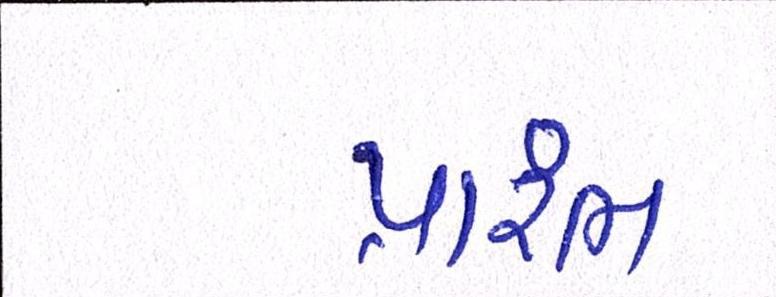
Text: પ્રારંભ